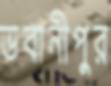
ভবানীপুর